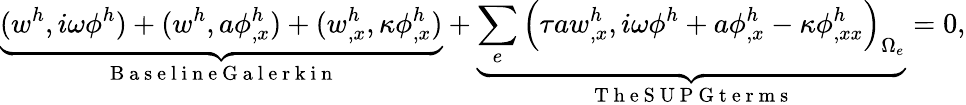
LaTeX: \underbrace{(w^{h},i\omega\phi^{h})+(w^{h},a\phi_{,x}^{h})+(w_{,x}^{h},\kappa\phi_{,x}^{h})}_{\mathrm{~B~a~s~e~l~i~n~e~G~a~l~e~r~k~i~n~}}+\underbrace{\sum_{e}\Big(\tau aw_{,x}^{h},i\omega\phi^{h}+a\phi_{,x}^{h}-\kappa\phi_{,xx}^{h}\Big)_{\Omega_{e}}}_{\mathrm{~T~h~e~S~U~P~G~t~e~r~m~s~}}=0,